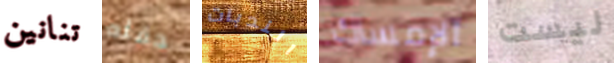
تنانين حفله الندبات الإمساك ليست